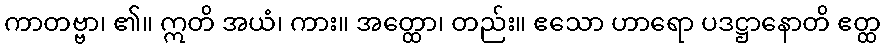
ကာတဗ္ဗာ၊ ၏။ ဣတိ အယံ၊ ကား။ အတ္ထော၊ တည်း။ ဧသော ဟာရော ပဒဋ္ဌာနောတိ ဧတ္ထ